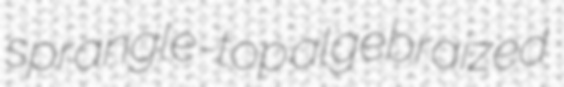
sprangle-top algebraized